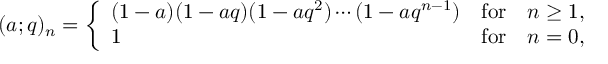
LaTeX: ( a ; q ) _ { n } = \left\{ \begin{array} { l l l } { { ( 1 - a ) ( 1 - a q ) ( 1 - a q ^ { 2 } ) \cdots ( 1 - a q ^ { n - 1 } ) } } & { { \mathrm { f o r } } } & { { n \ge 1 , } } \\ { { 1 } } & { { \mathrm { f o r } } } & { { n = 0 , } } \end{array} \right.